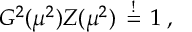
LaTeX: G ^ { 2 } ( \mu ^ { 2 } ) Z ( \mu ^ { 2 } ) \, \stackrel { ! } { = } \, 1 \; ,